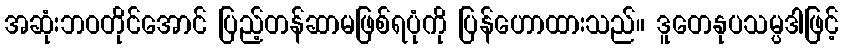
အဆုံးဘဝတိုင်အောင် ပြည့်တန်ဆာမဖြစ်ရပုံကို ပြန်ဟောထားသည်။ ဒူတေနုပသမ္ပဒါဖြင့်